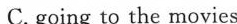
C. going to the movies